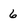
Character: 6